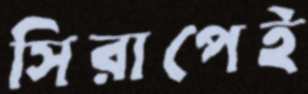
সিরাপেই